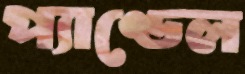
প্যাণ্ডেল